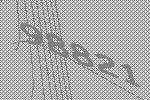
98821